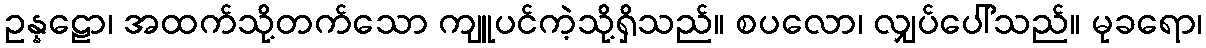
ဥန္နဠော၊ အထက်သို့တက်သော ကျူပင်ကဲ့သို့ရှိသည်။ စပလော၊ လျှပ်ပေါ်သည်။ မုခရော၊